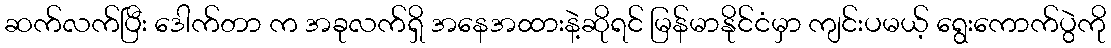
ဆက်လက်ပြီး ဒေါက်တာ က အခုလက်ရှိ အနေအထားနဲ့ဆိုရင် မြန်မာနိုင်ငံမှာ ကျင်းပမယ့် ရွေးကောက်ပွဲကို